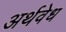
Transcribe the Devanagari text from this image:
अर्थवेध